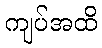
ကျပ်အထိ